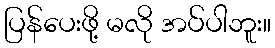
ပြန်ပေးဖို့ မလို အပ်ပါဘူး။